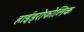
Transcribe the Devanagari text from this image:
हाईड्रोफोलिक